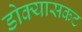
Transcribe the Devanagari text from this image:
डोक्यासकट